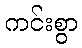
ကင်းစွာ